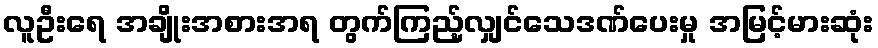
လူဦးရေ အချိုးအစားအရ တွက်ကြည့်လျှင်သေဒဏ်ပေးမှု အမြင့်မားဆုံး